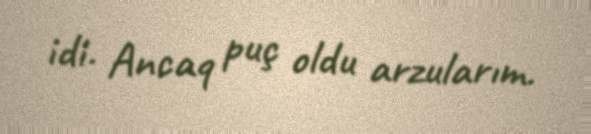
idi. Ancaq puç oldu arzularım.